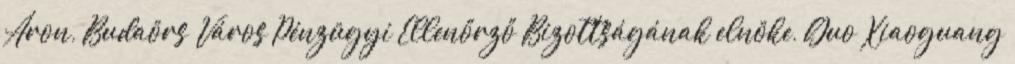
Áron, Budaörs Város Pénzügyi Ellenőrző Bizottságának elnöke, Guo Xiaoguang